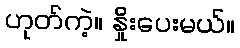
ဟုတ်ကဲ့။ နှိုးပေးမယ်။